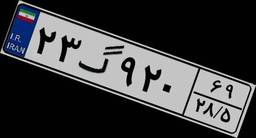
۰۴گ۴۷۵۲۵